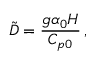
\tilde { D } = \frac { g \alpha _ { 0 } H } { C _ { p 0 } } \, ,